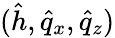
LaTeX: (\hat{h},\hat{q}_{x},\hat{q}_{z})